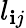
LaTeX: l_{\mathbf{i}j}